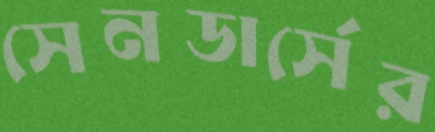
সেনডার্সের